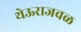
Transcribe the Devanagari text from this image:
थेऊराजवळ